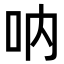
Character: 呐